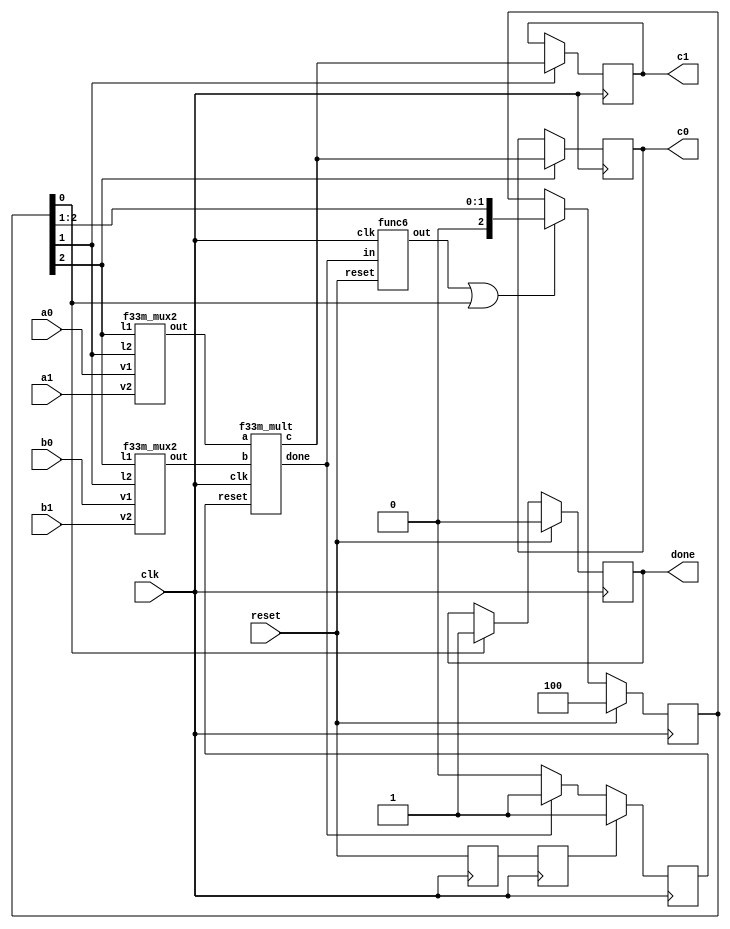
`define M     97          // M is the degree of the irreducible polynomial
`define WIDTH (2*`M-1)    // width for a GF(3^M) element
`define W2    (4*`M-1)    // width for a GF(3^{2*M}) element
`define W3    (6*`M-1)    // width for a GF(3^{3*M}) element
`define W6    (12*`M-1)   // width for a GF(3^{6*M}) element
`define PX    196'h4000000000000000000000000000000000000000001000002 // PX is the irreducible polynomial
`define ZERO {(2*`M){1'b0}}
`define TWO {(2*`M-2){1'b0}},2'b10
`define MOST 2*`M+1:2*`M

module f33m_mult2(clk, reset, 
                 a0, b0, c0,
                 a1, b1, c1, 
                 done);
    input clk, reset;
    input [`W3:0] a0, b0, a1, b1;
    output reg [`W3:0] c0, c1;
    output reg done;
    reg [2:0] K;
    reg mult_reset, delay1, delay2;
    wire e1, e2, mult_done, delay3, rst;
    wire [`W3:0] in1, in2, o;
    
    assign rst = delay2;
    assign {e1,e2} = K[2:1];

    f33m_mux2
        ins9 (a0, e1, a1, e2, in1),
        ins10 (b0, e1, b1, e2, in2);
    f33m_mult
        ins11 (clk, mult_reset, in1, in2, o, mult_done); // o == in1 * in2
    func6
        ins12 (clk, reset, mult_done, delay3);

    always @ (posedge clk)
      begin
        if (e1) c0 <= o;
        if (e2) c1 <= o;
      end
    
    always @ (posedge clk)
        if (reset) K <= 3'b100;
        else if (delay3|K[0]) K <= {1'b0,K[2:1]};
    
    always @ (posedge clk)
      begin
        if (rst) mult_reset <= 1;
        else if (mult_done) mult_reset <= 1;
        else mult_reset <= 0;
      end

    always @ (posedge clk)
        if (reset)     done <= 0;
        else if (K[0]) done <= 1;
    
    always @ (posedge clk)
      begin 
        delay2 <= delay1; delay1 <= reset; 
      end
endmodule
module f33m_mux2(v1, l1, v2, l2, out);
    input [`W3:0] v1, v2;
    input l1, l2;
    output [`W3:0] out;
    genvar i;
    generate
        for(i=0;i<=`W3;i=i+1)
          begin : label
            assign out[i] = (v1[i] & l1) | (v2[i] & l2);
          end 
    endgenerate
endmodule

module f33m_mult(clk, reset, a, b, c, done);
    input clk, reset;
    input [`W3:0] a, b;
    output reg [`W3:0] c;
    output reg done;

    reg [`WIDTH:0] x0, x1, x2, x3, x4, x5;
    wire [`WIDTH:0]  a0, a1, a2,
                     b0, b1, b2,
                     c0, c1, c2,
                     v1, v2, v3, v4, v5, v6,
                     nx0, nx2, nx5,
                     d0, d1, d2, d3, d4;
    reg [6:0] K;
    wire e0, e1, e2, 
         e3, e4, e5,
         mult_done, p, rst;
    wire [`WIDTH:0] in0, in1;
    wire [`WIDTH:0] o;
    reg mult_reset, delay1, delay2;

    assign {e0,e1,e2,e3,e4,e5} = K[6:1];
    assign {a2,a1,a0} = a;
    assign {b2,b1,b0} = b;
    assign d4 = x0;
    assign d0 = x5;
    assign rst = delay2;

    f3m_mux6
        ins1 (a2,v1,a1,v3,v5,a0,e0,e1,e2,e3,e4,e5,in0), // $in0$ is the first input
        ins2 (b2,v2,b1,v4,v6,b0,e0,e1,e2,e3,e4,e5,in1); // $in1$ is the second input
    f3m_mult
        ins3 (clk, mult_reset, in0, in1, o, mult_done); // o == in0 * in1
    func6
        ins4 (clk, reset, mult_done, p);
    f3m_add
        ins5 (a1, a2, v1), // v1 == a1+a2
        ins6 (b1, b2, v2), // v2 == b1+b2
        ins7 (a0, a2, v3), // v3 == a0+a2
        ins8 (b0, b2, v4), // v4 == b0+b2
        ins9 (a0, a1, v5), // v5 == a0+a1
        ins10 (b0, b1, v6), // v6 == b0+b1
        ins11 (d0, d3, c0), // c0 == d0+d3
        ins12 (d2, d4, c2); // c2 == d2+d4
    f3m_neg
        ins13 (x0, nx0), // nx0 == -x0
        ins14 (x2, nx2), // nx2 == -x2
        ins15 (x5, nx5); // nx5 == -x5
    f3m_add3
        ins16 (x1, nx0, nx2, d3), // d3 == x1-x0-x2
        ins17 (x4, nx2, nx5, d1), // d1 == x4-x2-x5
        ins18 (d1, d3, d4, c1); // c1 == d1+d3+d4
    f3m_add4
        ins19 (x3, x2, nx0, nx5, d2); // d2 == x3+x2-x0-x5

    always @ (posedge clk)
      begin
        if (reset) K <= 7'b1000000;
        else if (p|K[0]) K <= {1'b0,K[6:1]};
      end
    
    always @ (posedge clk)
      begin
        if (e0) x0 <= o; // x0 == a2*b2
        if (e1) x1 <= o; // x1 == (a2+a1)*(b2+b1)
        if (e2) x2 <= o; // x2 == a1*b1
        if (e3) x3 <= o; // x3 == (a2+a0)*(b2+b0)
        if (e4) x4 <= o; // x4 == (a1+a0)*(b1+b0)
        if (e5) x5 <= o; // x5 == a0*b0
      end
    
    always @ (posedge clk)
      begin
        if (reset) done <= 0;
        else if (K[0]) 
          begin
            done <= 1; c <= {c2,c1,c0};
          end
      end
    
    always @ (posedge clk)
      begin
        if (rst) mult_reset <= 1;
        else if (mult_done) mult_reset <= 1;
        else mult_reset <= 0;
      end
    
    always @ (posedge clk)
      begin
        delay2 <= delay1; delay1 <= reset;
      end
endmodule
module f3m_add4(a0, a1, a2, a3, c);
    input [`WIDTH:0] a0,a1,a2,a3;
    output [`WIDTH:0] c;
    wire [`WIDTH:0] v1,v2;
    f3m_add
        ins1 (a0,a1,v1), // v1 == a0+a1
        ins2 (a2,a3,v2), // v2 == a2+a3
        ins3 (v1,v2,c);  // c == v1+v2 == a0+a1+a2+a3
endmodule
module f3m_add(A, B, C);
    input [`WIDTH : 0] A, B;
    output [`WIDTH : 0] C;
    genvar i;
    generate
        for(i=0; i<`M; i=i+1) begin: aa
            f3_add aa(A[(2*i+1) : 2*i], B[(2*i+1) : 2*i], C[(2*i+1) : 2*i]);
        end
    endgenerate
endmodule
module f3_add(A, B, C);
    input [1:0] A, B;
    output [1:0] C;
    wire a0, a1, b0, b1, c0, c1;
    assign {a1, a0} = A;
    assign {b1, b0} = B;
    assign C = {c1, c0};
    assign c0 = ( a0 & ~a1 & ~b0 & ~b1) |
                (~a0 & ~a1 &  b0 & ~b1) |
                (~a0 &  a1 & ~b0 &  b1) ;
    assign c1 = (~a0 &  a1 & ~b0 & ~b1) |
                ( a0 & ~a1 &  b0 & ~b1) |
                (~a0 & ~a1 & ~b0 &  b1) ;
endmodule
module f3m_add3(a0, a1, a2, c);
    input [`WIDTH:0] a0,a1,a2;
    output [`WIDTH:0] c;
    wire [`WIDTH:0] v;
    f3m_add
        ins1 (a0,a1,v), // v == a0+a1
        ins2 (v,a2,c);  // c == v+a2 == a0+a1+a2
endmodule
module f3m_neg(a, c);
    input [`WIDTH:0] a;
    output [`WIDTH:0] c;
    genvar i;
    generate
        for(i=0;i<=`WIDTH;i=i+2)
          begin:label
            assign c[i+1:i] = {a[i],a[i+1]};
          end
    endgenerate
endmodule
module f3m_mult(clk, reset, A, B, C, done);
    input [`WIDTH : 0] A, B;
    input clk;
    input reset;
    output reg [`WIDTH : 0] C;
    output reg done;
    reg [`WIDTH : 0] x, y, z;
    wire [`WIDTH : 0] z1, z2, z3, z4;
    reg [`M/3+1 : 0] i;
    wire done1;
    wire [1:0] dummy;

    func8 
        ins1 (x, y[5:0], z1); // z1 == A * (B[2]*x^2 + B[1]*x + B[0])
    f3m_add
        ins2 (z1, z, z2); // z2 == z1 + z == A * (B[2]*x^2 + B[1]*x + B[0]) + z
    assign z4 = y >> 6; // z4 == y >> 6
    func7
        ins3 (x, z3); // z3 == X*(x^3) mod p(x)
    assign done1 = i[0];
    
    always @ (posedge clk)
        if (done1)
            C <= z;
    
    always @ (posedge clk)
        if (reset)
            done <= 0;
        else if (done1)
            done <= 1;

    always @ (posedge clk) 
      begin
        if (reset)
          begin
            x <= A; y <= B; z <= 0; i <= {1'b1,{(`M/3+1){1'b0}}};
          end
        else
          begin
            x <= z3[`WIDTH:0]; y <= z4; z <= z2; i <= i >> 1;
          end
      end
endmodule
module func7(input wire [193:0] in, output wire [193:0] out);
    assign out[5:0] = in[193:188];
    assign out[23:6] = in[17:0];
    wire [1:0] w0;
    f3_add a0(in[19:18], {in[188],in[189]}, w0);
    assign out[25:24] = w0;
    wire [1:0] w1;
    f3_add a1(in[21:20], {in[190],in[191]}, w1);
    assign out[27:26] = w1;
    wire [1:0] w2;
    f3_add a2(in[23:22], {in[192],in[193]}, w2);
    assign out[29:28] = w2;
    assign out[193:30] = in[187:24];
endmodule
module func8 (a, b, c);
input [193:0] a;
input [5:0] b;
output [193:0] c;
wire [1:0] w1; f3_mult m2 (a[1:0], b[1:0], w1);
wire [1:0] w3; f3_mult m4 (a[191:190], b[5:4], w3);
wire [1:0] w5; f3_mult m6 (a[193:192], b[3:2], w5);
wire [1:0] w7; f3_add a8 (w1, w3, w7);
wire [1:0] w9; f3_add a10 (w7, w5, w9);
assign c[1:0] = w9;
wire [1:0] w11; f3_mult m12 (a[1:0], b[3:2], w11);
wire [1:0] w13; f3_mult m14 (a[193:192], b[5:4], w13);
wire [1:0] w15; f3_mult m16 (a[3:2], b[1:0], w15);
wire [1:0] w17; f3_add a18 (w11, w13, w17);
wire [1:0] w19; f3_add a20 (w17, w15, w19);
assign c[3:2] = w19;
wire [1:0] w21; f3_mult m22 (a[5:4], b[1:0], w21);
wire [1:0] w23; f3_mult m24 (a[1:0], b[5:4], w23);
wire [1:0] w25; f3_mult m26 (a[3:2], b[3:2], w25);
wire [1:0] w27; f3_add a28 (w21, w23, w27);
wire [1:0] w29; f3_add a30 (w27, w25, w29);
assign c[5:4] = w29;
wire [1:0] w31; f3_mult m32 (a[7:6], b[1:0], w31);
wire [1:0] w33; f3_mult m34 (a[3:2], b[5:4], w33);
wire [1:0] w35; f3_mult m36 (a[5:4], b[3:2], w35);
wire [1:0] w37; f3_add a38 (w31, w33, w37);
wire [1:0] w39; f3_add a40 (w37, w35, w39);
assign c[7:6] = w39;
wire [1:0] w41; f3_mult m42 (a[7:6], b[3:2], w41);
wire [1:0] w43; f3_mult m44 (a[9:8], b[1:0], w43);
wire [1:0] w45; f3_mult m46 (a[5:4], b[5:4], w45);
wire [1:0] w47; f3_add a48 (w41, w43, w47);
wire [1:0] w49; f3_add a50 (w47, w45, w49);
assign c[9:8] = w49;
wire [1:0] w51; f3_mult m52 (a[11:10], b[1:0], w51);
wire [1:0] w53; f3_mult m54 (a[7:6], b[5:4], w53);
wire [1:0] w55; f3_mult m56 (a[9:8], b[3:2], w55);
wire [1:0] w57; f3_add a58 (w51, w53, w57);
wire [1:0] w59; f3_add a60 (w57, w55, w59);
assign c[11:10] = w59;
wire [1:0] w61; f3_mult m62 (a[13:12], b[1:0], w61);
wire [1:0] w63; f3_mult m64 (a[11:10], b[3:2], w63);
wire [1:0] w65; f3_mult m66 (a[9:8], b[5:4], w65);
wire [1:0] w67; f3_add a68 (w61, w63, w67);
wire [1:0] w69; f3_add a70 (w67, w65, w69);
assign c[13:12] = w69;
wire [1:0] w71; f3_mult m72 (a[13:12], b[3:2], w71);
wire [1:0] w73; f3_mult m74 (a[15:14], b[1:0], w73);
wire [1:0] w75; f3_mult m76 (a[11:10], b[5:4], w75);
wire [1:0] w77; f3_add a78 (w71, w73, w77);
wire [1:0] w79; f3_add a80 (w77, w75, w79);
assign c[15:14] = w79;
wire [1:0] w81; f3_mult m82 (a[13:12], b[5:4], w81);
wire [1:0] w83; f3_mult m84 (a[15:14], b[3:2], w83);
wire [1:0] w85; f3_mult m86 (a[17:16], b[1:0], w85);
wire [1:0] w87; f3_add a88 (w81, w83, w87);
wire [1:0] w89; f3_add a90 (w87, w85, w89);
assign c[17:16] = w89;
wire [1:0] w91; f3_mult m92 (a[15:14], b[5:4], w91);
wire [1:0] w93; f3_mult m94 (a[19:18], b[1:0], w93);
wire [1:0] w95; f3_mult m96 (a[17:16], b[3:2], w95);
wire [1:0] w97; f3_add a98 (w91, w93, w97);
wire [1:0] w99; f3_add a100 (w97, w95, w99);
assign c[19:18] = w99;
wire [1:0] w101; f3_mult m102 (a[21:20], b[1:0], w101);
wire [1:0] w103; f3_mult m104 (a[17:16], b[5:4], w103);
wire [1:0] w105; f3_mult m106 (a[19:18], b[3:2], w105);
wire [1:0] w107; f3_add a108 (w101, w103, w107);
wire [1:0] w109; f3_add a110 (w107, w105, w109);
assign c[21:20] = w109;
wire [1:0] w111; f3_mult m112 (a[23:22], b[1:0], w111);
wire [1:0] w113; f3_mult m114 (a[19:18], b[5:4], w113);
wire [1:0] w115; f3_mult m116 (a[21:20], b[3:2], w115);
wire [1:0] w117; f3_add a118 (w111, w113, w117);
wire [1:0] w119; f3_add a120 (w117, w115, w119);
assign c[23:22] = w119;
wire [1:0] w121; f3_mult m122 (a[23:22], b[3:2], w121);
wire [1:0] w123; f3_mult m124 (a[25:24], b[1:0], w123);
wire [1:0] w125; f3_mult m126 (a[21:20], b[5:4], w125);
wire [1:0] w127; f3_add a128 (w121, w123, w127);
wire [1:0] w129; f3_add a130 (w127, w125, w129);
wire [1:0] w131; f3_add a132 (w129, {w5[0], w5[1]}, w131);
wire [1:0] w133; f3_add a134 (w131, {w3[0], w3[1]}, w133);
assign c[25:24] = w133;
wire [1:0] w135; f3_mult m136 (a[27:26], b[1:0], w135);
wire [1:0] w137; f3_mult m138 (a[23:22], b[5:4], w137);
wire [1:0] w139; f3_mult m140 (a[25:24], b[3:2], w139);
wire [1:0] w141; f3_add a142 ({w13[0], w13[1]}, w135, w141);
wire [1:0] w143; f3_add a144 (w141, w137, w143);
wire [1:0] w145; f3_add a146 (w143, w139, w145);
assign c[27:26] = w145;
wire [1:0] w147; f3_mult m148 (a[29:28], b[1:0], w147);
wire [1:0] w149; f3_mult m150 (a[27:26], b[3:2], w149);
wire [1:0] w151; f3_mult m152 (a[25:24], b[5:4], w151);
wire [1:0] w153; f3_add a154 (w147, w149, w153);
wire [1:0] w155; f3_add a156 (w153, w151, w155);
assign c[29:28] = w155;
wire [1:0] w157; f3_mult m158 (a[29:28], b[3:2], w157);
wire [1:0] w159; f3_mult m160 (a[31:30], b[1:0], w159);
wire [1:0] w161; f3_mult m162 (a[27:26], b[5:4], w161);
wire [1:0] w163; f3_add a164 (w157, w159, w163);
wire [1:0] w165; f3_add a166 (w163, w161, w165);
assign c[31:30] = w165;
wire [1:0] w167; f3_mult m168 (a[29:28], b[5:4], w167);
wire [1:0] w169; f3_mult m170 (a[31:30], b[3:2], w169);
wire [1:0] w171; f3_mult m172 (a[33:32], b[1:0], w171);
wire [1:0] w173; f3_add a174 (w167, w169, w173);
wire [1:0] w175; f3_add a176 (w173, w171, w175);
assign c[33:32] = w175;
wire [1:0] w177; f3_mult m178 (a[31:30], b[5:4], w177);
wire [1:0] w179; f3_mult m180 (a[35:34], b[1:0], w179);
wire [1:0] w181; f3_mult m182 (a[33:32], b[3:2], w181);
wire [1:0] w183; f3_add a184 (w177, w179, w183);
wire [1:0] w185; f3_add a186 (w183, w181, w185);
assign c[35:34] = w185;
wire [1:0] w187; f3_mult m188 (a[37:36], b[1:0], w187);
wire [1:0] w189; f3_mult m190 (a[33:32], b[5:4], w189);
wire [1:0] w191; f3_mult m192 (a[35:34], b[3:2], w191);
wire [1:0] w193; f3_add a194 (w187, w189, w193);
wire [1:0] w195; f3_add a196 (w193, w191, w195);
assign c[37:36] = w195;
wire [1:0] w197; f3_mult m198 (a[39:38], b[1:0], w197);
wire [1:0] w199; f3_mult m200 (a[35:34], b[5:4], w199);
wire [1:0] w201; f3_mult m202 (a[37:36], b[3:2], w201);
wire [1:0] w203; f3_add a204 (w197, w199, w203);
wire [1:0] w205; f3_add a206 (w203, w201, w205);
assign c[39:38] = w205;
wire [1:0] w207; f3_mult m208 (a[39:38], b[3:2], w207);
wire [1:0] w209; f3_mult m210 (a[41:40], b[1:0], w209);
wire [1:0] w211; f3_mult m212 (a[37:36], b[5:4], w211);
wire [1:0] w213; f3_add a214 (w207, w209, w213);
wire [1:0] w215; f3_add a216 (w213, w211, w215);
assign c[41:40] = w215;
wire [1:0] w217; f3_mult m218 (a[43:42], b[1:0], w217);
wire [1:0] w219; f3_mult m220 (a[39:38], b[5:4], w219);
wire [1:0] w221; f3_mult m222 (a[41:40], b[3:2], w221);
wire [1:0] w223; f3_add a224 (w217, w219, w223);
wire [1:0] w225; f3_add a226 (w223, w221, w225);
assign c[43:42] = w225;
wire [1:0] w227; f3_mult m228 (a[45:44], b[1:0], w227);
wire [1:0] w229; f3_mult m230 (a[43:42], b[3:2], w229);
wire [1:0] w231; f3_mult m232 (a[41:40], b[5:4], w231);
wire [1:0] w233; f3_add a234 (w227, w229, w233);
wire [1:0] w235; f3_add a236 (w233, w231, w235);
assign c[45:44] = w235;
wire [1:0] w237; f3_mult m238 (a[45:44], b[3:2], w237);
wire [1:0] w239; f3_mult m240 (a[47:46], b[1:0], w239);
wire [1:0] w241; f3_mult m242 (a[43:42], b[5:4], w241);
wire [1:0] w243; f3_add a244 (w237, w239, w243);
wire [1:0] w245; f3_add a246 (w243, w241, w245);
assign c[47:46] = w245;
wire [1:0] w247; f3_mult m248 (a[45:44], b[5:4], w247);
wire [1:0] w249; f3_mult m250 (a[47:46], b[3:2], w249);
wire [1:0] w251; f3_mult m252 (a[49:48], b[1:0], w251);
wire [1:0] w253; f3_add a254 (w247, w249, w253);
wire [1:0] w255; f3_add a256 (w253, w251, w255);
assign c[49:48] = w255;
wire [1:0] w257; f3_mult m258 (a[47:46], b[5:4], w257);
wire [1:0] w259; f3_mult m260 (a[51:50], b[1:0], w259);
wire [1:0] w261; f3_mult m262 (a[49:48], b[3:2], w261);
wire [1:0] w263; f3_add a264 (w257, w259, w263);
wire [1:0] w265; f3_add a266 (w263, w261, w265);
assign c[51:50] = w265;
wire [1:0] w267; f3_mult m268 (a[53:52], b[1:0], w267);
wire [1:0] w269; f3_mult m270 (a[49:48], b[5:4], w269);
wire [1:0] w271; f3_mult m272 (a[51:50], b[3:2], w271);
wire [1:0] w273; f3_add a274 (w267, w269, w273);
wire [1:0] w275; f3_add a276 (w273, w271, w275);
assign c[53:52] = w275;
wire [1:0] w277; f3_mult m278 (a[55:54], b[1:0], w277);
wire [1:0] w279; f3_mult m280 (a[51:50], b[5:4], w279);
wire [1:0] w281; f3_mult m282 (a[53:52], b[3:2], w281);
wire [1:0] w283; f3_add a284 (w277, w279, w283);
wire [1:0] w285; f3_add a286 (w283, w281, w285);
assign c[55:54] = w285;
wire [1:0] w287; f3_mult m288 (a[55:54], b[3:2], w287);
wire [1:0] w289; f3_mult m290 (a[57:56], b[1:0], w289);
wire [1:0] w291; f3_mult m292 (a[53:52], b[5:4], w291);
wire [1:0] w293; f3_add a294 (w287, w289, w293);
wire [1:0] w295; f3_add a296 (w293, w291, w295);
assign c[57:56] = w295;
wire [1:0] w297; f3_mult m298 (a[59:58], b[1:0], w297);
wire [1:0] w299; f3_mult m300 (a[55:54], b[5:4], w299);
wire [1:0] w301; f3_mult m302 (a[57:56], b[3:2], w301);
wire [1:0] w303; f3_add a304 (w297, w299, w303);
wire [1:0] w305; f3_add a306 (w303, w301, w305);
assign c[59:58] = w305;
wire [1:0] w307; f3_mult m308 (a[61:60], b[1:0], w307);
wire [1:0] w309; f3_mult m310 (a[59:58], b[3:2], w309);
wire [1:0] w311; f3_mult m312 (a[57:56], b[5:4], w311);
wire [1:0] w313; f3_add a314 (w307, w309, w313);
wire [1:0] w315; f3_add a316 (w313, w311, w315);
assign c[61:60] = w315;
wire [1:0] w317; f3_mult m318 (a[61:60], b[3:2], w317);
wire [1:0] w319; f3_mult m320 (a[63:62], b[1:0], w319);
wire [1:0] w321; f3_mult m322 (a[59:58], b[5:4], w321);
wire [1:0] w323; f3_add a324 (w317, w319, w323);
wire [1:0] w325; f3_add a326 (w323, w321, w325);
assign c[63:62] = w325;
wire [1:0] w327; f3_mult m328 (a[61:60], b[5:4], w327);
wire [1:0] w329; f3_mult m330 (a[63:62], b[3:2], w329);
wire [1:0] w331; f3_mult m332 (a[65:64], b[1:0], w331);
wire [1:0] w333; f3_add a334 (w327, w329, w333);
wire [1:0] w335; f3_add a336 (w333, w331, w335);
assign c[65:64] = w335;
wire [1:0] w337; f3_mult m338 (a[67:66], b[1:0], w337);
wire [1:0] w339; f3_mult m340 (a[63:62], b[5:4], w339);
wire [1:0] w341; f3_mult m342 (a[65:64], b[3:2], w341);
wire [1:0] w343; f3_add a344 (w337, w339, w343);
wire [1:0] w345; f3_add a346 (w343, w341, w345);
assign c[67:66] = w345;
wire [1:0] w347; f3_mult m348 (a[69:68], b[1:0], w347);
wire [1:0] w349; f3_mult m350 (a[65:64], b[5:4], w349);
wire [1:0] w351; f3_mult m352 (a[67:66], b[3:2], w351);
wire [1:0] w353; f3_add a354 (w347, w349, w353);
wire [1:0] w355; f3_add a356 (w353, w351, w355);
assign c[69:68] = w355;
wire [1:0] w357; f3_mult m358 (a[71:70], b[1:0], w357);
wire [1:0] w359; f3_mult m360 (a[67:66], b[5:4], w359);
wire [1:0] w361; f3_mult m362 (a[69:68], b[3:2], w361);
wire [1:0] w363; f3_add a364 (w357, w359, w363);
wire [1:0] w365; f3_add a366 (w363, w361, w365);
assign c[71:70] = w365;
wire [1:0] w367; f3_mult m368 (a[71:70], b[3:2], w367);
wire [1:0] w369; f3_mult m370 (a[73:72], b[1:0], w369);
wire [1:0] w371; f3_mult m372 (a[69:68], b[5:4], w371);
wire [1:0] w373; f3_add a374 (w367, w369, w373);
wire [1:0] w375; f3_add a376 (w373, w371, w375);
assign c[73:72] = w375;
wire [1:0] w377; f3_mult m378 (a[75:74], b[1:0], w377);
wire [1:0] w379; f3_mult m380 (a[71:70], b[5:4], w379);
wire [1:0] w381; f3_mult m382 (a[73:72], b[3:2], w381);
wire [1:0] w383; f3_add a384 (w377, w379, w383);
wire [1:0] w385; f3_add a386 (w383, w381, w385);
assign c[75:74] = w385;
wire [1:0] w387; f3_mult m388 (a[77:76], b[1:0], w387);
wire [1:0] w389; f3_mult m390 (a[75:74], b[3:2], w389);
wire [1:0] w391; f3_mult m392 (a[73:72], b[5:4], w391);
wire [1:0] w393; f3_add a394 (w387, w389, w393);
wire [1:0] w395; f3_add a396 (w393, w391, w395);
assign c[77:76] = w395;
wire [1:0] w397; f3_mult m398 (a[77:76], b[3:2], w397);
wire [1:0] w399; f3_mult m400 (a[79:78], b[1:0], w399);
wire [1:0] w401; f3_mult m402 (a[75:74], b[5:4], w401);
wire [1:0] w403; f3_add a404 (w397, w399, w403);
wire [1:0] w405; f3_add a406 (w403, w401, w405);
assign c[79:78] = w405;
wire [1:0] w407; f3_mult m408 (a[77:76], b[5:4], w407);
wire [1:0] w409; f3_mult m410 (a[79:78], b[3:2], w409);
wire [1:0] w411; f3_mult m412 (a[81:80], b[1:0], w411);
wire [1:0] w413; f3_add a414 (w407, w409, w413);
wire [1:0] w415; f3_add a416 (w413, w411, w415);
assign c[81:80] = w415;
wire [1:0] w417; f3_mult m418 (a[83:82], b[1:0], w417);
wire [1:0] w419; f3_mult m420 (a[79:78], b[5:4], w419);
wire [1:0] w421; f3_mult m422 (a[81:80], b[3:2], w421);
wire [1:0] w423; f3_add a424 (w417, w419, w423);
wire [1:0] w425; f3_add a426 (w423, w421, w425);
assign c[83:82] = w425;
wire [1:0] w427; f3_mult m428 (a[85:84], b[1:0], w427);
wire [1:0] w429; f3_mult m430 (a[81:80], b[5:4], w429);
wire [1:0] w431; f3_mult m432 (a[83:82], b[3:2], w431);
wire [1:0] w433; f3_add a434 (w427, w429, w433);
wire [1:0] w435; f3_add a436 (w433, w431, w435);
assign c[85:84] = w435;
wire [1:0] w437; f3_mult m438 (a[87:86], b[1:0], w437);
wire [1:0] w439; f3_mult m440 (a[83:82], b[5:4], w439);
wire [1:0] w441; f3_mult m442 (a[85:84], b[3:2], w441);
wire [1:0] w443; f3_add a444 (w437, w439, w443);
wire [1:0] w445; f3_add a446 (w443, w441, w445);
assign c[87:86] = w445;
wire [1:0] w447; f3_mult m448 (a[87:86], b[3:2], w447);
wire [1:0] w449; f3_mult m450 (a[89:88], b[1:0], w449);
wire [1:0] w451; f3_mult m452 (a[85:84], b[5:4], w451);
wire [1:0] w453; f3_add a454 (w447, w449, w453);
wire [1:0] w455; f3_add a456 (w453, w451, w455);
assign c[89:88] = w455;
wire [1:0] w457; f3_mult m458 (a[91:90], b[1:0], w457);
wire [1:0] w459; f3_mult m460 (a[87:86], b[5:4], w459);
wire [1:0] w461; f3_mult m462 (a[89:88], b[3:2], w461);
wire [1:0] w463; f3_add a464 (w457, w459, w463);
wire [1:0] w465; f3_add a466 (w463, w461, w465);
assign c[91:90] = w465;
wire [1:0] w467; f3_mult m468 (a[91:90], b[3:2], w467);
wire [1:0] w469; f3_mult m470 (a[89:88], b[5:4], w469);
wire [1:0] w471; f3_mult m472 (a[93:92], b[1:0], w471);
wire [1:0] w473; f3_add a474 (w467, w469, w473);
wire [1:0] w475; f3_add a476 (w473, w471, w475);
assign c[93:92] = w475;
wire [1:0] w477; f3_mult m478 (a[93:92], b[3:2], w477);
wire [1:0] w479; f3_mult m480 (a[95:94], b[1:0], w479);
wire [1:0] w481; f3_mult m482 (a[91:90], b[5:4], w481);
wire [1:0] w483; f3_add a484 (w477, w479, w483);
wire [1:0] w485; f3_add a486 (w483, w481, w485);
assign c[95:94] = w485;
wire [1:0] w487; f3_mult m488 (a[93:92], b[5:4], w487);
wire [1:0] w489; f3_mult m490 (a[95:94], b[3:2], w489);
wire [1:0] w491; f3_mult m492 (a[97:96], b[1:0], w491);
wire [1:0] w493; f3_add a494 (w487, w489, w493);
wire [1:0] w495; f3_add a496 (w493, w491, w495);
assign c[97:96] = w495;
wire [1:0] w497; f3_mult m498 (a[99:98], b[1:0], w497);
wire [1:0] w499; f3_mult m500 (a[95:94], b[5:4], w499);
wire [1:0] w501; f3_mult m502 (a[97:96], b[3:2], w501);
wire [1:0] w503; f3_add a504 (w497, w499, w503);
wire [1:0] w505; f3_add a506 (w503, w501, w505);
assign c[99:98] = w505;
wire [1:0] w507; f3_mult m508 (a[101:100], b[1:0], w507);
wire [1:0] w509; f3_mult m510 (a[97:96], b[5:4], w509);
wire [1:0] w511; f3_mult m512 (a[99:98], b[3:2], w511);
wire [1:0] w513; f3_add a514 (w507, w509, w513);
wire [1:0] w515; f3_add a516 (w513, w511, w515);
assign c[101:100] = w515;
wire [1:0] w517; f3_mult m518 (a[103:102], b[1:0], w517);
wire [1:0] w519; f3_mult m520 (a[99:98], b[5:4], w519);
wire [1:0] w521; f3_mult m522 (a[101:100], b[3:2], w521);
wire [1:0] w523; f3_add a524 (w517, w519, w523);
wire [1:0] w525; f3_add a526 (w523, w521, w525);
assign c[103:102] = w525;
wire [1:0] w527; f3_mult m528 (a[103:102], b[3:2], w527);
wire [1:0] w529; f3_mult m530 (a[105:104], b[1:0], w529);
wire [1:0] w531; f3_mult m532 (a[101:100], b[5:4], w531);
wire [1:0] w533; f3_add a534 (w527, w529, w533);
wire [1:0] w535; f3_add a536 (w533, w531, w535);
assign c[105:104] = w535;
wire [1:0] w537; f3_mult m538 (a[107:106], b[1:0], w537);
wire [1:0] w539; f3_mult m540 (a[103:102], b[5:4], w539);
wire [1:0] w541; f3_mult m542 (a[105:104], b[3:2], w541);
wire [1:0] w543; f3_add a544 (w537, w539, w543);
wire [1:0] w545; f3_add a546 (w543, w541, w545);
assign c[107:106] = w545;
wire [1:0] w547; f3_mult m548 (a[107:106], b[3:2], w547);
wire [1:0] w549; f3_mult m550 (a[105:104], b[5:4], w549);
wire [1:0] w551; f3_mult m552 (a[109:108], b[1:0], w551);
wire [1:0] w553; f3_add a554 (w547, w549, w553);
wire [1:0] w555; f3_add a556 (w553, w551, w555);
assign c[109:108] = w555;
wire [1:0] w557; f3_mult m558 (a[109:108], b[3:2], w557);
wire [1:0] w559; f3_mult m560 (a[111:110], b[1:0], w559);
wire [1:0] w561; f3_mult m562 (a[107:106], b[5:4], w561);
wire [1:0] w563; f3_add a564 (w557, w559, w563);
wire [1:0] w565; f3_add a566 (w563, w561, w565);
assign c[111:110] = w565;
wire [1:0] w567; f3_mult m568 (a[109:108], b[5:4], w567);
wire [1:0] w569; f3_mult m570 (a[111:110], b[3:2], w569);
wire [1:0] w571; f3_mult m572 (a[113:112], b[1:0], w571);
wire [1:0] w573; f3_add a574 (w567, w569, w573);
wire [1:0] w575; f3_add a576 (w573, w571, w575);
assign c[113:112] = w575;
wire [1:0] w577; f3_mult m578 (a[115:114], b[1:0], w577);
wire [1:0] w579; f3_mult m580 (a[111:110], b[5:4], w579);
wire [1:0] w581; f3_mult m582 (a[113:112], b[3:2], w581);
wire [1:0] w583; f3_add a584 (w577, w579, w583);
wire [1:0] w585; f3_add a586 (w583, w581, w585);
assign c[115:114] = w585;
wire [1:0] w587; f3_mult m588 (a[117:116], b[1:0], w587);
wire [1:0] w589; f3_mult m590 (a[113:112], b[5:4], w589);
wire [1:0] w591; f3_mult m592 (a[115:114], b[3:2], w591);
wire [1:0] w593; f3_add a594 (w587, w589, w593);
wire [1:0] w595; f3_add a596 (w593, w591, w595);
assign c[117:116] = w595;
wire [1:0] w597; f3_mult m598 (a[119:118], b[1:0], w597);
wire [1:0] w599; f3_mult m600 (a[115:114], b[5:4], w599);
wire [1:0] w601; f3_mult m602 (a[117:116], b[3:2], w601);
wire [1:0] w603; f3_add a604 (w597, w599, w603);
wire [1:0] w605; f3_add a606 (w603, w601, w605);
assign c[119:118] = w605;
wire [1:0] w607; f3_mult m608 (a[119:118], b[3:2], w607);
wire [1:0] w609; f3_mult m610 (a[121:120], b[1:0], w609);
wire [1:0] w611; f3_mult m612 (a[117:116], b[5:4], w611);
wire [1:0] w613; f3_add a614 (w607, w609, w613);
wire [1:0] w615; f3_add a616 (w613, w611, w615);
assign c[121:120] = w615;
wire [1:0] w617; f3_mult m618 (a[123:122], b[1:0], w617);
wire [1:0] w619; f3_mult m620 (a[119:118], b[5:4], w619);
wire [1:0] w621; f3_mult m622 (a[121:120], b[3:2], w621);
wire [1:0] w623; f3_add a624 (w617, w619, w623);
wire [1:0] w625; f3_add a626 (w623, w621, w625);
assign c[123:122] = w625;
wire [1:0] w627; f3_mult m628 (a[123:122], b[3:2], w627);
wire [1:0] w629; f3_mult m630 (a[121:120], b[5:4], w629);
wire [1:0] w631; f3_mult m632 (a[125:124], b[1:0], w631);
wire [1:0] w633; f3_add a634 (w627, w629, w633);
wire [1:0] w635; f3_add a636 (w633, w631, w635);
assign c[125:124] = w635;
wire [1:0] w637; f3_mult m638 (a[125:124], b[3:2], w637);
wire [1:0] w639; f3_mult m640 (a[127:126], b[1:0], w639);
wire [1:0] w641; f3_mult m642 (a[123:122], b[5:4], w641);
wire [1:0] w643; f3_add a644 (w637, w639, w643);
wire [1:0] w645; f3_add a646 (w643, w641, w645);
assign c[127:126] = w645;
wire [1:0] w647; f3_mult m648 (a[125:124], b[5:4], w647);
wire [1:0] w649; f3_mult m650 (a[127:126], b[3:2], w649);
wire [1:0] w651; f3_mult m652 (a[129:128], b[1:0], w651);
wire [1:0] w653; f3_add a654 (w647, w649, w653);
wire [1:0] w655; f3_add a656 (w653, w651, w655);
assign c[129:128] = w655;
wire [1:0] w657; f3_mult m658 (a[127:126], b[5:4], w657);
wire [1:0] w659; f3_mult m660 (a[131:130], b[1:0], w659);
wire [1:0] w661; f3_mult m662 (a[129:128], b[3:2], w661);
wire [1:0] w663; f3_add a664 (w657, w659, w663);
wire [1:0] w665; f3_add a666 (w663, w661, w665);
assign c[131:130] = w665;
wire [1:0] w667; f3_mult m668 (a[133:132], b[1:0], w667);
wire [1:0] w669; f3_mult m670 (a[129:128], b[5:4], w669);
wire [1:0] w671; f3_mult m672 (a[131:130], b[3:2], w671);
wire [1:0] w673; f3_add a674 (w667, w669, w673);
wire [1:0] w675; f3_add a676 (w673, w671, w675);
assign c[133:132] = w675;
wire [1:0] w677; f3_mult m678 (a[133:132], b[3:2], w677);
wire [1:0] w679; f3_mult m680 (a[131:130], b[5:4], w679);
wire [1:0] w681; f3_mult m682 (a[135:134], b[1:0], w681);
wire [1:0] w683; f3_add a684 (w677, w679, w683);
wire [1:0] w685; f3_add a686 (w683, w681, w685);
assign c[135:134] = w685;
wire [1:0] w687; f3_mult m688 (a[135:134], b[3:2], w687);
wire [1:0] w689; f3_mult m690 (a[137:136], b[1:0], w689);
wire [1:0] w691; f3_mult m692 (a[133:132], b[5:4], w691);
wire [1:0] w693; f3_add a694 (w687, w689, w693);
wire [1:0] w695; f3_add a696 (w693, w691, w695);
assign c[137:136] = w695;
wire [1:0] w697; f3_mult m698 (a[139:138], b[1:0], w697);
wire [1:0] w699; f3_mult m700 (a[135:134], b[5:4], w699);
wire [1:0] w701; f3_mult m702 (a[137:136], b[3:2], w701);
wire [1:0] w703; f3_add a704 (w697, w699, w703);
wire [1:0] w705; f3_add a706 (w703, w701, w705);
assign c[139:138] = w705;
wire [1:0] w707; f3_mult m708 (a[141:140], b[1:0], w707);
wire [1:0] w709; f3_mult m710 (a[139:138], b[3:2], w709);
wire [1:0] w711; f3_mult m712 (a[137:136], b[5:4], w711);
wire [1:0] w713; f3_add a714 (w707, w709, w713);
wire [1:0] w715; f3_add a716 (w713, w711, w715);
assign c[141:140] = w715;
wire [1:0] w717; f3_mult m718 (a[143:142], b[1:0], w717);
wire [1:0] w719; f3_mult m720 (a[141:140], b[3:2], w719);
wire [1:0] w721; f3_mult m722 (a[139:138], b[5:4], w721);
wire [1:0] w723; f3_add a724 (w717, w719, w723);
wire [1:0] w725; f3_add a726 (w723, w721, w725);
assign c[143:142] = w725;
wire [1:0] w727; f3_mult m728 (a[141:140], b[5:4], w727);
wire [1:0] w729; f3_mult m730 (a[143:142], b[3:2], w729);
wire [1:0] w731; f3_mult m732 (a[145:144], b[1:0], w731);
wire [1:0] w733; f3_add a734 (w727, w729, w733);
wire [1:0] w735; f3_add a736 (w733, w731, w735);
assign c[145:144] = w735;
wire [1:0] w737; f3_mult m738 (a[143:142], b[5:4], w737);
wire [1:0] w739; f3_mult m740 (a[147:146], b[1:0], w739);
wire [1:0] w741; f3_mult m742 (a[145:144], b[3:2], w741);
wire [1:0] w743; f3_add a744 (w737, w739, w743);
wire [1:0] w745; f3_add a746 (w743, w741, w745);
assign c[147:146] = w745;
wire [1:0] w747; f3_mult m748 (a[145:144], b[5:4], w747);
wire [1:0] w749; f3_mult m750 (a[149:148], b[1:0], w749);
wire [1:0] w751; f3_mult m752 (a[147:146], b[3:2], w751);
wire [1:0] w753; f3_add a754 (w747, w749, w753);
wire [1:0] w755; f3_add a756 (w753, w751, w755);
assign c[149:148] = w755;
wire [1:0] w757; f3_mult m758 (a[149:148], b[3:2], w757);
wire [1:0] w759; f3_mult m760 (a[147:146], b[5:4], w759);
wire [1:0] w761; f3_mult m762 (a[151:150], b[1:0], w761);
wire [1:0] w763; f3_add a764 (w757, w759, w763);
wire [1:0] w765; f3_add a766 (w763, w761, w765);
assign c[151:150] = w765;
wire [1:0] w767; f3_mult m768 (a[151:150], b[3:2], w767);
wire [1:0] w769; f3_mult m770 (a[149:148], b[5:4], w769);
wire [1:0] w771; f3_mult m772 (a[153:152], b[1:0], w771);
wire [1:0] w773; f3_add a774 (w767, w769, w773);
wire [1:0] w775; f3_add a776 (w773, w771, w775);
assign c[153:152] = w775;
wire [1:0] w777; f3_mult m778 (a[155:154], b[1:0], w777);
wire [1:0] w779; f3_mult m780 (a[151:150], b[5:4], w779);
wire [1:0] w781; f3_mult m782 (a[153:152], b[3:2], w781);
wire [1:0] w783; f3_add a784 (w777, w779, w783);
wire [1:0] w785; f3_add a786 (w783, w781, w785);
assign c[155:154] = w785;
wire [1:0] w787; f3_mult m788 (a[155:154], b[3:2], w787);
wire [1:0] w789; f3_mult m790 (a[153:152], b[5:4], w789);
wire [1:0] w791; f3_mult m792 (a[157:156], b[1:0], w791);
wire [1:0] w793; f3_add a794 (w787, w789, w793);
wire [1:0] w795; f3_add a796 (w793, w791, w795);
assign c[157:156] = w795;
wire [1:0] w797; f3_mult m798 (a[159:158], b[1:0], w797);
wire [1:0] w799; f3_mult m800 (a[157:156], b[3:2], w799);
wire [1:0] w801; f3_mult m802 (a[155:154], b[5:4], w801);
wire [1:0] w803; f3_add a804 (w797, w799, w803);
wire [1:0] w805; f3_add a806 (w803, w801, w805);
assign c[159:158] = w805;
wire [1:0] w807; f3_mult m808 (a[157:156], b[5:4], w807);
wire [1:0] w809; f3_mult m810 (a[159:158], b[3:2], w809);
wire [1:0] w811; f3_mult m812 (a[161:160], b[1:0], w811);
wire [1:0] w813; f3_add a814 (w807, w809, w813);
wire [1:0] w815; f3_add a816 (w813, w811, w815);
assign c[161:160] = w815;
wire [1:0] w817; f3_mult m818 (a[159:158], b[5:4], w817);
wire [1:0] w819; f3_mult m820 (a[163:162], b[1:0], w819);
wire [1:0] w821; f3_mult m822 (a[161:160], b[3:2], w821);
wire [1:0] w823; f3_add a824 (w817, w819, w823);
wire [1:0] w825; f3_add a826 (w823, w821, w825);
assign c[163:162] = w825;
wire [1:0] w827; f3_mult m828 (a[161:160], b[5:4], w827);
wire [1:0] w829; f3_mult m830 (a[165:164], b[1:0], w829);
wire [1:0] w831; f3_mult m832 (a[163:162], b[3:2], w831);
wire [1:0] w833; f3_add a834 (w827, w829, w833);
wire [1:0] w835; f3_add a836 (w833, w831, w835);
assign c[165:164] = w835;
wire [1:0] w837; f3_mult m838 (a[165:164], b[3:2], w837);
wire [1:0] w839; f3_mult m840 (a[163:162], b[5:4], w839);
wire [1:0] w841; f3_mult m842 (a[167:166], b[1:0], w841);
wire [1:0] w843; f3_add a844 (w837, w839, w843);
wire [1:0] w845; f3_add a846 (w843, w841, w845);
assign c[167:166] = w845;
wire [1:0] w847; f3_mult m848 (a[167:166], b[3:2], w847);
wire [1:0] w849; f3_mult m850 (a[165:164], b[5:4], w849);
wire [1:0] w851; f3_mult m852 (a[169:168], b[1:0], w851);
wire [1:0] w853; f3_add a854 (w847, w849, w853);
wire [1:0] w855; f3_add a856 (w853, w851, w855);
assign c[169:168] = w855;
wire [1:0] w857; f3_mult m858 (a[171:170], b[1:0], w857);
wire [1:0] w859; f3_mult m860 (a[167:166], b[5:4], w859);
wire [1:0] w861; f3_mult m862 (a[169:168], b[3:2], w861);
wire [1:0] w863; f3_add a864 (w857, w859, w863);
wire [1:0] w865; f3_add a866 (w863, w861, w865);
assign c[171:170] = w865;
wire [1:0] w867; f3_mult m868 (a[171:170], b[3:2], w867);
wire [1:0] w869; f3_mult m870 (a[169:168], b[5:4], w869);
wire [1:0] w871; f3_mult m872 (a[173:172], b[1:0], w871);
wire [1:0] w873; f3_add a874 (w867, w869, w873);
wire [1:0] w875; f3_add a876 (w873, w871, w875);
assign c[173:172] = w875;
wire [1:0] w877; f3_mult m878 (a[173:172], b[3:2], w877);
wire [1:0] w879; f3_mult m880 (a[175:174], b[1:0], w879);
wire [1:0] w881; f3_mult m882 (a[171:170], b[5:4], w881);
wire [1:0] w883; f3_add a884 (w877, w879, w883);
wire [1:0] w885; f3_add a886 (w883, w881, w885);
assign c[175:174] = w885;
wire [1:0] w887; f3_mult m888 (a[173:172], b[5:4], w887);
wire [1:0] w889; f3_mult m890 (a[175:174], b[3:2], w889);
wire [1:0] w891; f3_mult m892 (a[177:176], b[1:0], w891);
wire [1:0] w893; f3_add a894 (w887, w889, w893);
wire [1:0] w895; f3_add a896 (w893, w891, w895);
assign c[177:176] = w895;
wire [1:0] w897; f3_mult m898 (a[175:174], b[5:4], w897);
wire [1:0] w899; f3_mult m900 (a[179:178], b[1:0], w899);
wire [1:0] w901; f3_mult m902 (a[177:176], b[3:2], w901);
wire [1:0] w903; f3_add a904 (w897, w899, w903);
wire [1:0] w905; f3_add a906 (w903, w901, w905);
assign c[179:178] = w905;
wire [1:0] w907; f3_mult m908 (a[177:176], b[5:4], w907);
wire [1:0] w909; f3_mult m910 (a[181:180], b[1:0], w909);
wire [1:0] w911; f3_mult m912 (a[179:178], b[3:2], w911);
wire [1:0] w913; f3_add a914 (w907, w909, w913);
wire [1:0] w915; f3_add a916 (w913, w911, w915);
assign c[181:180] = w915;
wire [1:0] w917; f3_mult m918 (a[181:180], b[3:2], w917);
wire [1:0] w919; f3_mult m920 (a[183:182], b[1:0], w919);
wire [1:0] w921; f3_mult m922 (a[179:178], b[5:4], w921);
wire [1:0] w923; f3_add a924 (w917, w919, w923);
wire [1:0] w925; f3_add a926 (w923, w921, w925);
assign c[183:182] = w925;
wire [1:0] w927; f3_mult m928 (a[183:182], b[3:2], w927);
wire [1:0] w929; f3_mult m930 (a[181:180], b[5:4], w929);
wire [1:0] w931; f3_mult m932 (a[185:184], b[1:0], w931);
wire [1:0] w933; f3_add a934 (w927, w929, w933);
wire [1:0] w935; f3_add a936 (w933, w931, w935);
assign c[185:184] = w935;
wire [1:0] w937; f3_mult m938 (a[187:186], b[1:0], w937);
wire [1:0] w939; f3_mult m940 (a[183:182], b[5:4], w939);
wire [1:0] w941; f3_mult m942 (a[185:184], b[3:2], w941);
wire [1:0] w943; f3_add a944 (w937, w939, w943);
wire [1:0] w945; f3_add a946 (w943, w941, w945);
assign c[187:186] = w945;
wire [1:0] w947; f3_mult m948 (a[187:186], b[3:2], w947);
wire [1:0] w949; f3_mult m950 (a[185:184], b[5:4], w949);
wire [1:0] w951; f3_mult m952 (a[189:188], b[1:0], w951);
wire [1:0] w953; f3_add a954 (w947, w949, w953);
wire [1:0] w955; f3_add a956 (w953, w951, w955);
assign c[189:188] = w955;
wire [1:0] w957; f3_mult m958 (a[189:188], b[3:2], w957);
wire [1:0] w959; f3_mult m960 (a[191:190], b[1:0], w959);
wire [1:0] w961; f3_mult m962 (a[187:186], b[5:4], w961);
wire [1:0] w963; f3_add a964 (w957, w959, w963);
wire [1:0] w965; f3_add a966 (w963, w961, w965);
assign c[191:190] = w965;
wire [1:0] w967; f3_mult m968 (a[189:188], b[5:4], w967);
wire [1:0] w969; f3_mult m970 (a[191:190], b[3:2], w969);
wire [1:0] w971; f3_mult m972 (a[193:192], b[1:0], w971);
wire [1:0] w973; f3_add a974 (w967, w969, w973);
wire [1:0] w975; f3_add a976 (w973, w971, w975);
assign c[193:192] = w975;
endmodule
module f3_mult(A, B, C); 
    input [1:0] A;
    input [1:0] B; 
    output [1:0] C;
    wire a0, a1, b0, b1;
    assign {a1, a0} = A;
    assign {b1, b0} = B;
    assign C[0] = (~a1 & a0 & ~b1 & b0) | (a1 & ~a0 & b1 & ~b0);
    assign C[1] = (~a1 & a0 & b1 & ~b0) | (a1 & ~a0 & ~b1 & b0);
endmodule
module f3m_mux6(v0, v1, v2, v3, v4, v5, l0, l1, l2, l3, l4, l5, out);
    input l0, l1, l2, l3, l4, l5;
    input [`WIDTH:0] v0, v1, v2, v3, v4, v5;
    output [`WIDTH:0] out;
    genvar i;
    generate
        for(i=0;i<=`WIDTH;i=i+1)
          begin : label
            assign out[i] = (v0[i]&l0)|(v1[i]&l1)|(v2[i]&l2)|(v3[i]&l3)|(v4[i]&l4)|(v5[i]&l5);
          end 
    endgenerate
endmodule

module func6(clk, reset, in, out);
    input clk, reset, in;
    output out;
    reg reg1, reg2;
    always @ (posedge clk)
        if (reset)
          begin
            reg1 <= 0; reg2 <= 0;
          end
        else
          begin
            reg2 <= reg1; reg1 <= in;
          end
    assign out = {reg2,reg1}==2'b01 ? 1 : 0;
endmodule